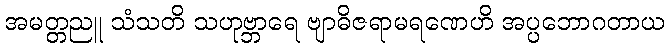
အမတ္တညူ သံသတိ သဟုဗ္ဘာရေ ဗျာဓိဇရာမရဏေဟိ အပ္ပဘောဂတာယ